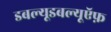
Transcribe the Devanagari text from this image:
डबल्यूडबल्यूऍफ़